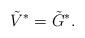
LaTeX: \begin{align*}\tilde{V}^* = \tilde{G}^*.\end{align*}